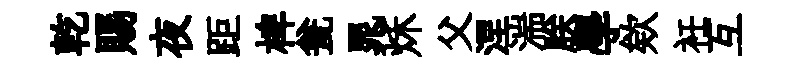
乾賜夜距椑瓮晁秌父涅湍朕學欸衽互